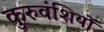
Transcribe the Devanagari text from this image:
कुरुवंशियों